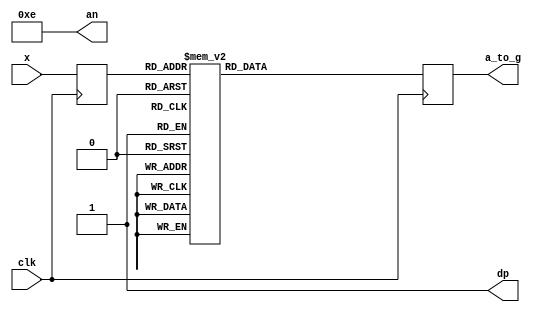
`timescale 1ns / 1ps

module SSDisplay(input clk, input [3:0]x,
                 output reg [6:0] a_to_g,
                 output wire [3:0] an,
                 output wire dp);
reg [3:0] digit;
assign dp = 1;
assign an = 4'b1110;
always @(posedge clk)
begin
        digit<=x[3:0];
        case(digit)
        
0:a_to_g = 7'b1000000; ////0000
1:a_to_g = 7'b1111001; ////0001
2:a_to_g = 7'b0100100; ////0010
3:a_to_g = 7'b0110000; ////0011
4:a_to_g = 7'b0011001; ////0100
5:a_to_g = 7'b0010010; ////0101
6:a_to_g = 7'b0000010; ////0110
7:a_to_g = 7'b1111000; ////0111
8:a_to_g = 7'b0000000; ////1000
9:a_to_g = 7'b0010000; ////1001

default: a_to_g = 7'b0000000;
endcase
end
endmodule

module SSDisplay_tb(input clk, input [15:0]sw, output [6:0]seg, output [3:0] an);
SSDisplay DUT( .clk(clk),.x(sw[3:0]), .a_to_g(seg[6:0]),.an(an));
endmodule